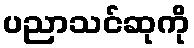
ပညာသင်ဆုကို